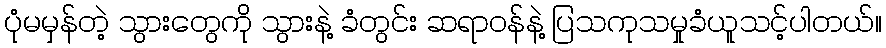
ပုံမမှန်တဲ့ သွားတွေကို သွားနဲ့ ခံတွင်း ဆရာဝန်နဲ့ ပြသကုသမှုခံယူသင့်ပါတယ်။